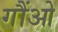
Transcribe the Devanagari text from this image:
गौंओ